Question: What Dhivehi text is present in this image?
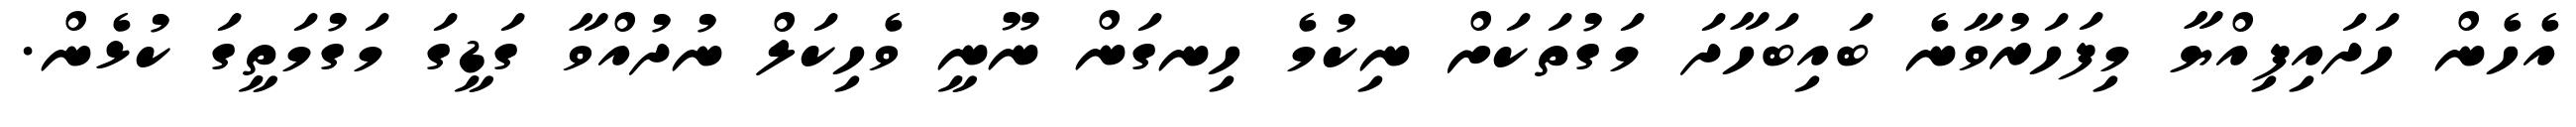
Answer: އެހެން ހަދައިފިއްޔާ މިފަހަރުވާނެ ބައިބަހާދަ މަގުތަކަށް ނިކުމެ ހިނގަން ނޫނީ ވެހިކަލް ނުދުއްވާ ގަޑީގަ މަގުމަތީގަ ކުޅެން.